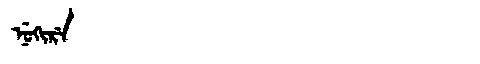
Manchu: ᠨᡠᡴᡳᡵᡝ
Romanization: NUKIRE